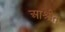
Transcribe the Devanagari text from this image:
आश्रीत